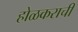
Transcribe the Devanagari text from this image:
होळकराची